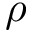
\rho